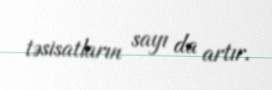
təsisatların sayı da artır.